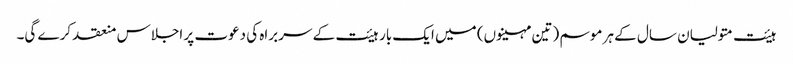
ہیئت متولیان سال کے ہر موسم (تین مہینوں) میں ایک بار ہیئت کے سربراہ کی دعوت پر اجلاس منعقد کرے گی۔